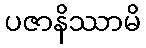
ပဇာနိဿာမိ